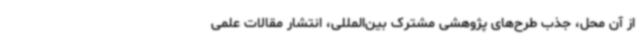
از آن محل، جذب طرح‌های پژوهشی مشترک بین‌المللی، انتشار مقالات علمی